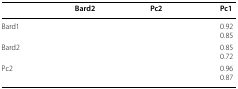
<table><thead><tr><td>[EMPTY_CELL]</td><td><b>Bard2</b></td><td><b>Pc2</b></td><td><b>Pc1</b></td></tr></thead><tbody><tr><td>Bard1</td><td>[EMPTY_CELL]</td><td>[EMPTY_CELL]</td><td>0.920.85</td></tr><tr><td>Bard2</td><td>[EMPTY_CELL]</td><td>[EMPTY_CELL]</td><td>0.850.72</td></tr><tr><td>Pc2</td><td>[EMPTY_CELL]</td><td>[EMPTY_CELL]</td><td>0.960.87</td></tr></tbody></table>